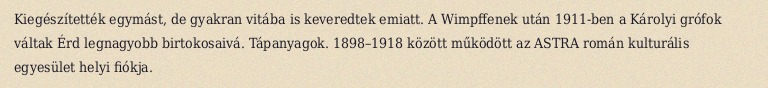
Kiegészítették egymást, de gyakran vitába is keveredtek emiatt. A Wimpffenek után 1911-ben a Károlyi grófok váltak Érd legnagyobb birtokosaivá. Tápanyagok. 1898–1918 között működött az ASTRA román kulturális egyesület helyi fiókja.